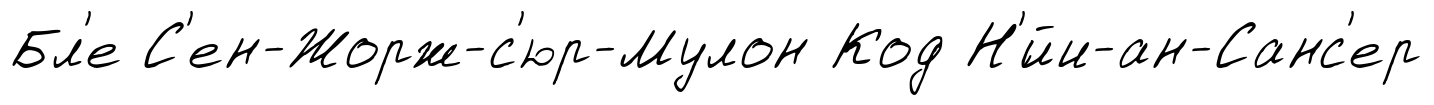
Бл'е С'ен-Жорж-с'юр-Мулон Код Н'́йи-ан-Санс'ер